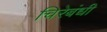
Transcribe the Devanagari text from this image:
चिरेबंधी